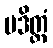
ပဒိတ္တံ